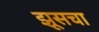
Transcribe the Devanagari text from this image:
झूसचा